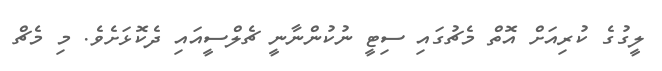
ލީގުގެ ކުރިއަށް އޮތް މެޗުގައި ސިޓީ ނުކުންނާނީ ޗެލްސީއައި ދެކޮޅަށެވެ. މި މެޗް